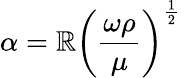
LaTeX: \alpha=\mathbb{R}\left({\frac{{\omega\rho}}{{\mu}}}\right)^{\frac{{1}}{{2}}}